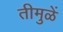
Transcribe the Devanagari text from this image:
तीमुळें